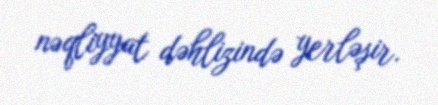
nəqliyyat dəhlizində yerləşir.